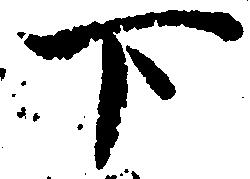
下